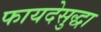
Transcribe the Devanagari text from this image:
फायदेसुद्धा